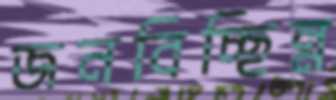
জনবিচ্ছিন্ন